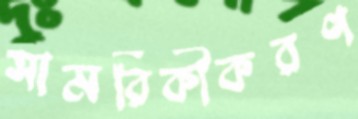
সামরিকীকরণ